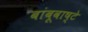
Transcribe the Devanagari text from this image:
बांबूवाष्टे